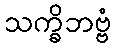
သက္ခိဘဗ္ဗံ